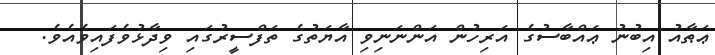
ޢަޠާއު އިބުނު ޢައްބާސުގެ އަރިހުން އަންނަނިވި އާޔަތުގެ ތަފްސީރުގައި ވިދާޅުވެފައިވެއެވެ.